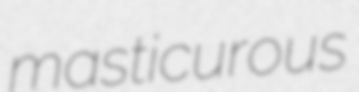
masticurous